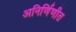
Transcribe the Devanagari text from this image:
अनिर्णिणीत